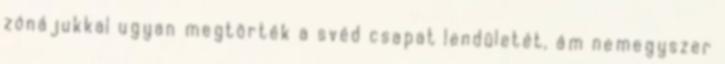
zónájukkal ugyan megtörték a svéd csapat lendületét, ám nemegyszer